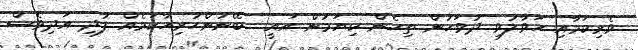
ވެރިކަމާއި ހަވާލުވި ދުވަހުން ތިހެން ކިޔަމުން އައީ  ބޭނުންހުރިހާކަމެއް ފުދި އަދިވެސް